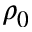
\rho _ { 0 }